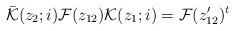
LaTeX: \begin{align*}\bar{{\cal K}}(z_{2};i){\cal F}(z_{12}) {\cal K}(z_{1};i)={\cal F}(z^{\prime}_{12})^{t}\end{align*}